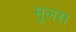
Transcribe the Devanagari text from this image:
मूलस